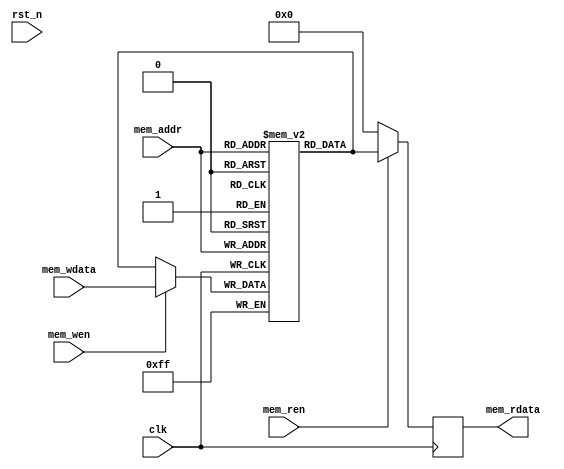
/*
* Description: Functionally equivalent RAM block.  
*/
`timescale 1ns / 1ps
module sl_preceptron_ram 
#(parameter DATA_WIDTH = 8, ADDR_WIDTH = 6)
( input clk,
  input rst_n,  //not used.
  input mem_wen,
  input mem_ren,
  input [ADDR_WIDTH-1:0] mem_addr,
  input [DATA_WIDTH-1:0] mem_wdata,
  output reg [DATA_WIDTH-1:0] mem_rdata
);

reg[DATA_WIDTH-1:0] memory_sram[0:2**ADDR_WIDTH-1];

wire[DATA_WIDTH-1:0] data_write, data_read;
reg[DATA_WIDTH-1:0] mem_addr_reg;


assign data_write = mem_wen ? mem_wdata : memory_sram[mem_addr];
assign data_read = mem_ren ? memory_sram[mem_addr] : 'b0;

always @(posedge clk) begin
    mem_addr_reg <= mem_addr;
    memory_sram[mem_addr] <= data_write;
    mem_rdata <= data_read;
end

endmodule